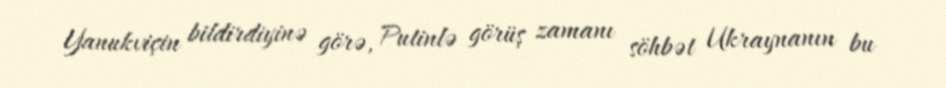
Yanukviçin bildirdiyinə görə, Putinlə görüş zamanı söhbət Ukraynanın bu